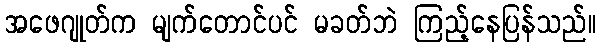
အဖေဂျုတ်က မျက်တောင်ပင် မခတ်ဘဲ ကြည့်နေပြန်သည်။